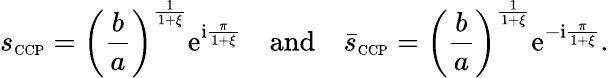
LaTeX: s_{\scriptscriptstyle{\mathrm{CCP}}}=\left(\frac{b}{a}\right)^{\frac{1}{1+\xi}}\mathrm{e}^{\mathrm{i}\frac{\pi}{1+\xi}}\quad\mathrm{and}\quad\bar{s}_{\scriptscriptstyle{\mathrm{CCP}}}=\left(\frac{b}{a}\right)^{\frac{1}{1+\xi}}\mathrm{e}^{-\mathrm{i}\frac{\pi}{1+\xi}}.